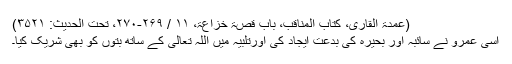
(عمدۃ القاری، کتاب المناقب، باب قصۃ خزاعۃ، ۱۱ / ۲۶۹-۲۷۰، تحت الحدیث: ۳۵۲۱)
اِسی عَمرو نے سائبہ اور بحیرہ کی بدعت ایجاد کی اورتَلْبِیَہ میں اللہ تعالیٰ کے ساتھ بتوں کو بھی شریک کیا۔